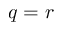
q = r